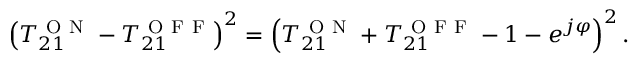
\left( T _ { 2 1 } ^ { \mathrm { ~ O ~ N ~ } } - T _ { 2 1 } ^ { \mathrm { ~ O ~ F ~ F ~ } } \right) ^ { 2 } = \left( T _ { 2 1 } ^ { \mathrm { ~ O ~ N ~ } } + T _ { 2 1 } ^ { \mathrm { ~ O ~ F ~ F ~ } } - 1 - e ^ { j \varphi } \right) ^ { 2 } .